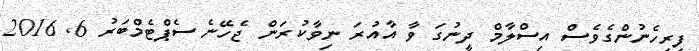
ފިރިހެނުންގެވެސް އިސްލާމް ދީނުގަ ވާ އާއުރަ ނިވާކުރަން ޖެހޭނެ ސެޕްޓެމްބަރު 6